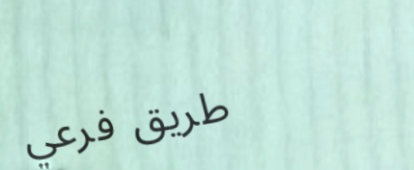
طريق فرعي